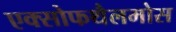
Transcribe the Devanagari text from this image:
एक्सोफथैलमोस